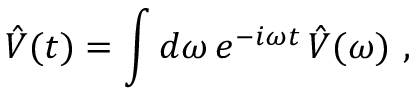
\hat { V } ( t ) = \int d \omega \, e ^ { - i \omega t } \, \hat { V } ( \omega ) \mathrm { ~ , ~ }